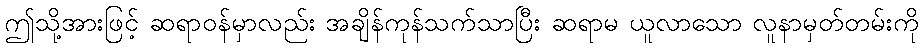
ဤသို့အားဖြင့် ဆရာဝန်မှာလည်း အချိန်ကုန်သက်သာပြီး ဆရာမ ယူလာသော လူနာမှတ်တမ်းကို